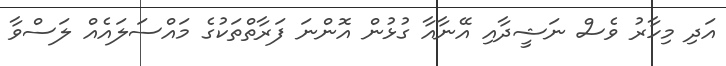
އަދި މިހާރު ވެސް ނަޝީދާއި އޭނާއާ ގުޅުން އޮންނަ ފަރާތްތަކުގެ މައްސަލައެއް ލަސްވާ